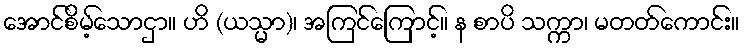
အောင်စိမ့်သောငှာ။ ဟိ (ယသ္မာ)၊ အကြင်ကြောင့်။ န စာပိ သက္ကာ၊ မတတ်ကောင်း။